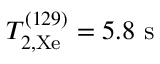
T _ { 2 , \mathrm { X e } } ^ { ( 1 2 9 ) } = 5 . 8 ~ \mathrm { s }